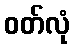
ဝတ်လုံ